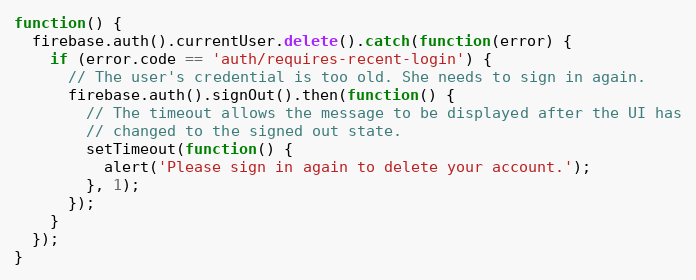
Language: JavaScript
function() {
  firebase.auth().currentUser.delete().catch(function(error) {
    if (error.code == 'auth/requires-recent-login') {
      // The user's credential is too old. She needs to sign in again.
      firebase.auth().signOut().then(function() {
        // The timeout allows the message to be displayed after the UI has
        // changed to the signed out state.
        setTimeout(function() {
          alert('Please sign in again to delete your account.');
        }, 1);
      });
    }
  });
}